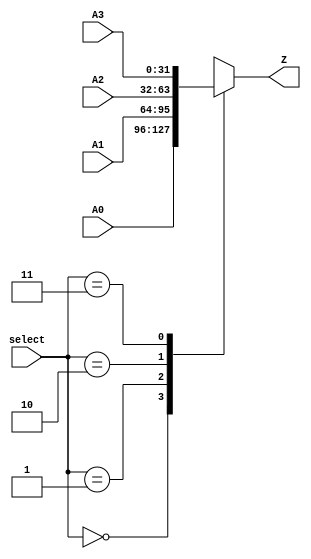
module mux_4x1 (
    input [1:0] select,
    input [31:0] A0,
    input [31:0] A1,
    input [31:0] A2,
    input [31:0] A3,
    output reg [31:0] Z
);

always @ (*) begin
    case (select)
        2'b00 : Z = A0;
        2'b01 : Z = A1;
        2'b10 : Z = A2;
        2'b11 : Z = A3;
        default : Z = A0;
    endcase
end


endmodule